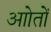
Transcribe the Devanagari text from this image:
आोतों